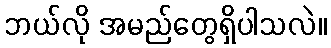
ဘယ်လို အမည်တွေရှိပါသလဲ။